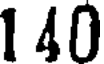
140